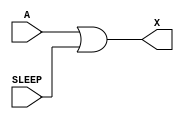
module sky130_fd_sc_lp__iso1p (
    X    ,
    A    ,
    SLEEP
);

    // Module ports
    output X    ;
    input  A    ;
    input  SLEEP;

    //  Name  Output  Other arguments
    or  or0  (X     , A, SLEEP       );

endmodule